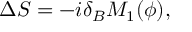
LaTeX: \Delta S = - i \delta _ { B } M _ { 1 } ( \phi ) ,